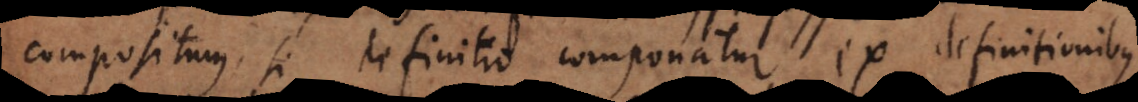
compositum, si definitio componatur ex definitionibus